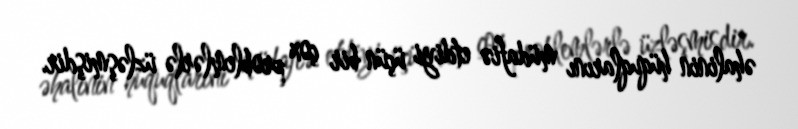
əhalinin hüquqlarını müdafiə etdiyi üçün bir çox problemlərlə üzləşmişdir.